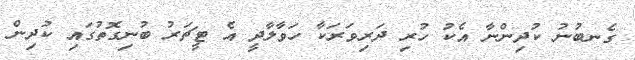
ގެނބުނު ކުދިންނާ އެކު ހުރި ދަރިވަރަކާ ހަވާލާދީ އެ ޓީޗަރު ބުނިގޮތުގައި ކުދިން